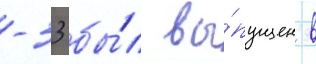
-33 бы́л вы́пущен в